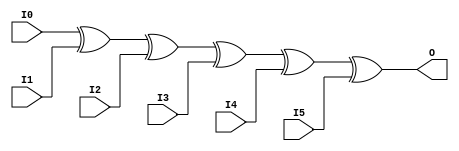

/*

FUNCTION	: 6-INPUT XOR GATE

*/

`timescale  100 ps / 10 ps

`celldefine

module XOR6 (O, I0, I1, I2, I3, I4, I5);


    output O;

    input  I0, I1, I2, I3, I4, I5;

	xor X1 (O, I0, I1, I2, I3, I4, I5);

    specify
	(I0 *> O) = (0, 0);
	(I1 *> O) = (0, 0);
	(I2 *> O) = (0, 0);
	(I3 *> O) = (0, 0);
	(I4 *> O) = (0, 0);
	(I5 *> O) = (0, 0);
    endspecify

endmodule

`endcelldefine